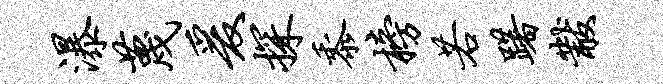
瀑蔑爰探黍榜若躇黻